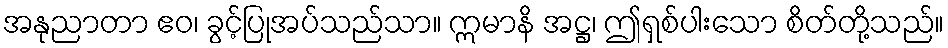
အနုညာတာ ဧဝ၊ ခွင့်ပြုအပ်သည်သာ။ ဣမာနိ အဋ္ဌ၊ ဤရှစ်ပါးသော စိတ်တို့သည်။